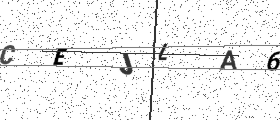
Text: CEJLA6